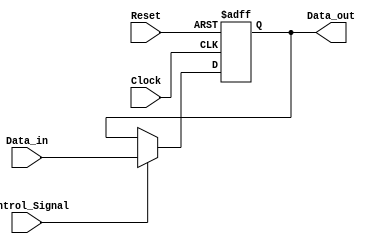
module ForwardingRegister (
    input wire [31:0] Data_in,      // Input data to be forwarded
    input wire Control_Signal,       // Control signal for forwarding
    input wire Clock,                // Clock signal
    input wire Reset,                // Asynchronous reset signal
    output reg [31:0] Data_out       // Output data that is forwarded
);

// Asynchronous reset and synchronous data capture
always @(posedge Clock or posedge Reset) begin
    if (Reset) begin
        Data_out <= 32'b0;          // Clear the register on reset
    end else if (Control_Signal) begin
        Data_out <= Data_in;        // Latch Data_in if forwarding is needed
    end
    // If Control_Signal is '0', Data_out retains its previous value
end

endmodule